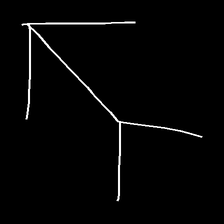
Glyph: gather